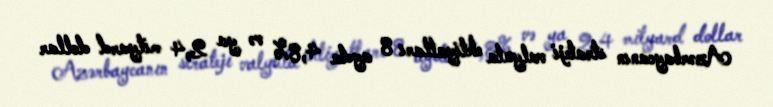
Azərbaycanın strateji valyuta ehtiyatları 8 ayda 4,8% və ya 2,4 milyard dollar